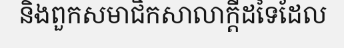
និងពួកសមាជិកសាលាក្តីដទៃដែល